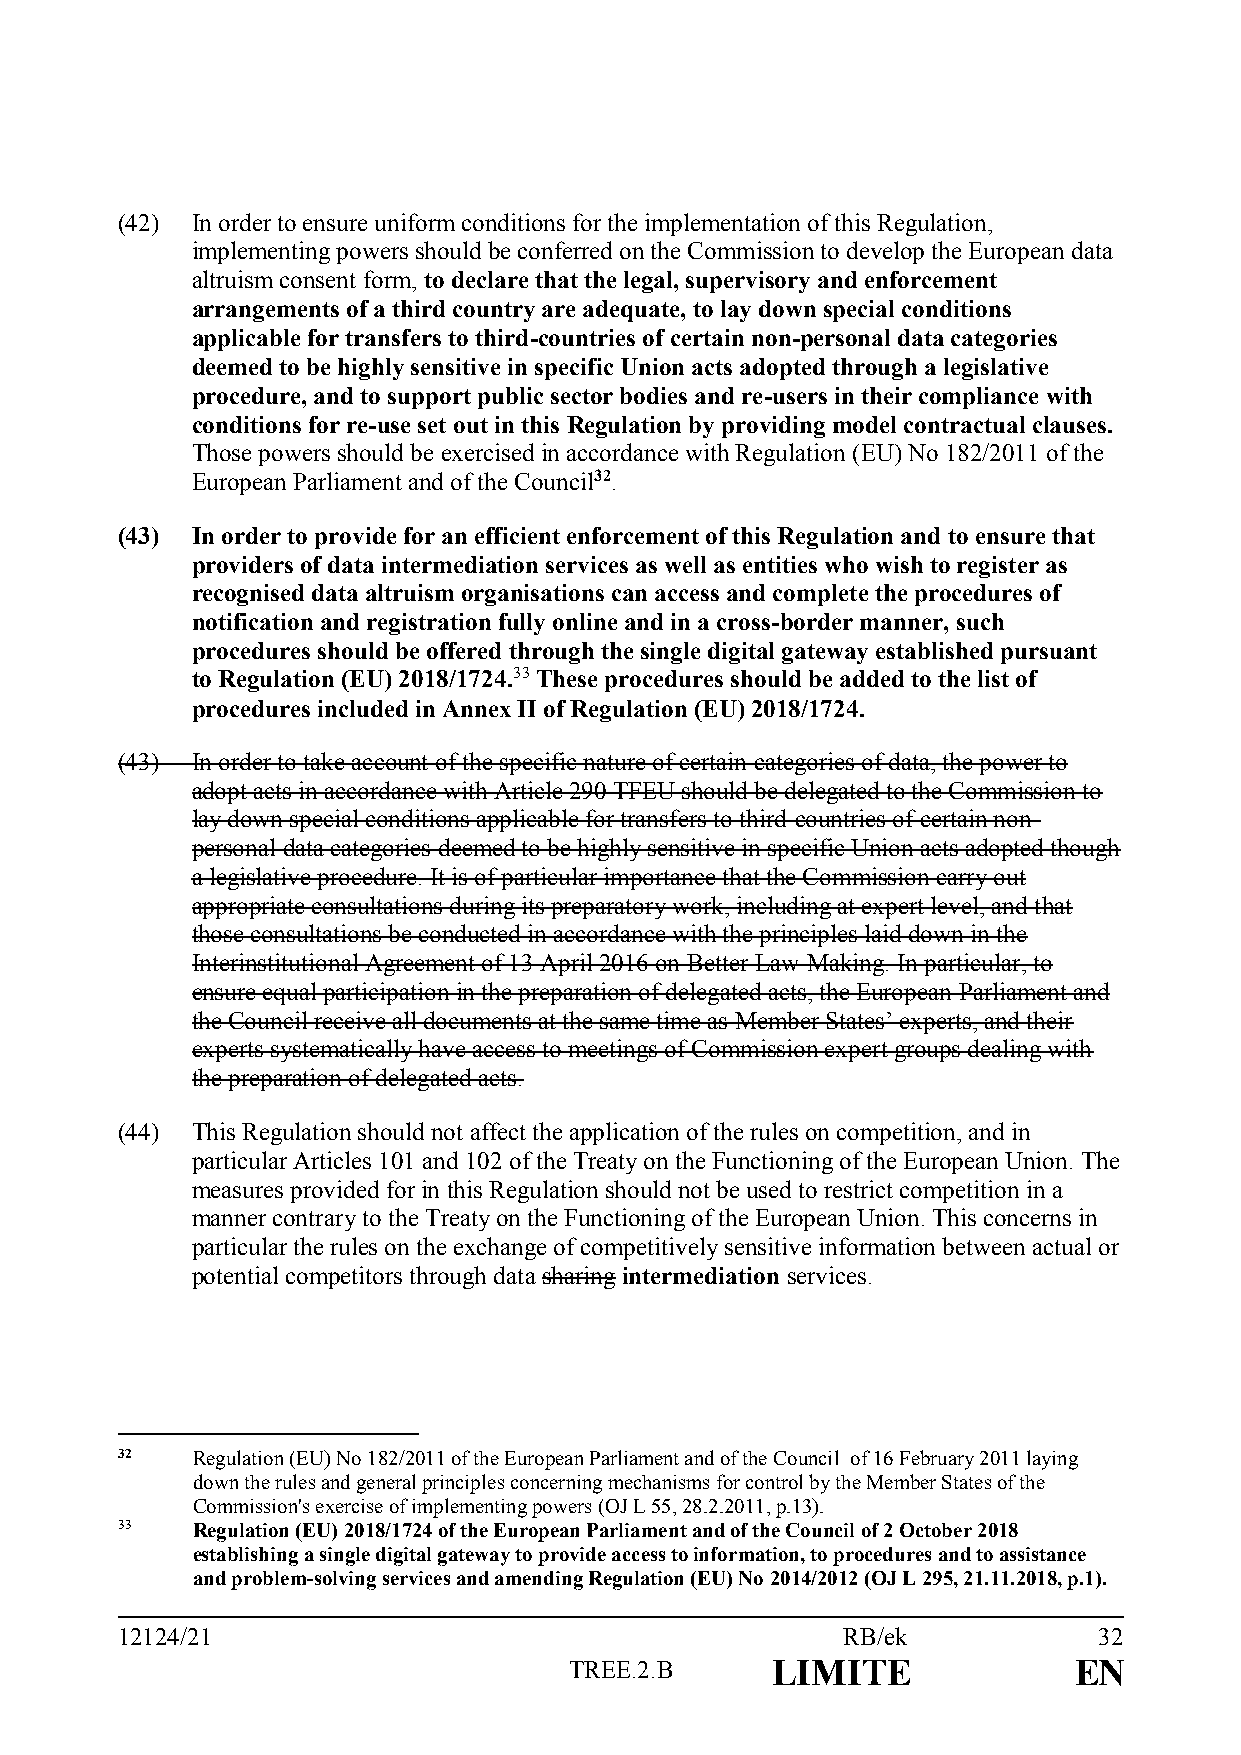
(42) In order to ensure uniform conditions for the implementation of this Regulation,
 implementing powers should be conferred on the Commission to develop the European data
 altruism consent form, to declare that the legal, supervisory and enforcement
 arrangements of a third country are adequate, to lay down special conditions
 applicable for transfers to third-countries of certain non-personal data categories
 deemed to be highly sensitive in specific Union acts adopted through a legislative
 procedure, and to support public sector bodies and re-users in their compliance with
 conditions for re-use set out in this Regulation by providing model contractual clauses.
 Those powers should be exercised in accordance with Regulation (EU) No 182/2011 of the
 European Parliament and of the Council32.
 (43) In order to provide for an efficient enforcement of this Regulation and to ensure that
 providers of data intermediation services as well as entities who wish to register as
 recognised data altruism organisations can access and complete the procedures of
 notification and registration fully online and in a cross-border manner, such
 procedures should be offered through the single digital gateway established pursuant
 to Regulation (EU) 2018/1724.33 These procedures should be added to the list of
 procedures included in Annex II of Regulation (EU) 2018/1724.
 (43) In order to take account of the specific nature of certain categories of data, the power to
 adopt acts in accordance with Article 290 TFEU should be delegated to the Commission to
 lay down special conditions applicable for transfers to third-countries of certain non-
 personal data categories deemed to be highly sensitive in specific Union acts adopted though
 a legislative procedure. It is of particular importance that the Commission carry out
 appropriate consultations during its preparatory work, including at expert level, and that
 those consultations be conducted in accordance with the principles laid down in the
 Interinstitutional Agreement of 13 April 2016 on Better Law-Making. In particular, to
 ensure equal participation in the preparation of delegated acts, the European Parliament and
 the Council receive all documents at the same time as Member States’ experts, and their
 experts systematically have access to meetings of Commission expert groups dealing with
 the preparation of delegated acts.
 (44) This Regulation should not affect the application of the rules on competition, and in
 particular Articles 101 and 102 of the Treaty on the Functioning of the European Union. The
 measures provided for in this Regulation should not be used to restrict competition in a
 manner contrary to the Treaty on the Functioning of the European Union. This concerns in
 particular the rules on the exchange of competitively sensitive information between actual or
 potential competitors through data sharing intermediation services.
 32   Regulation (EU) No 182/2011 of the European Parliament and of the Council of 16 February 2011 laying
 down the rules and general principles concerning mechanisms for control by the Member States of the
 Commission's exercise of implementing powers (OJ L 55, 28.2.2011, p.13).
 33   Regulation (EU) 2018/1724 of the European Parliament and of the Council of 2 October 2018
 establishing a single digital gateway to provide access to information, to procedures and to assistance
 and problem-solving services and amending Regulation (EU) No 2014/2012 (OJ L 295, 21.11.2018, p.1).
 12124/21                                        RB/ek            32
 TREE.2.B     LIMITE              EN